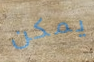
يمكن